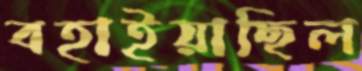
বহাইয়াছিল